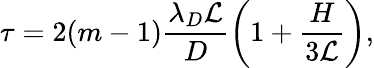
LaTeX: \tau=2(m-1)\frac{\lambda_{D}\mathcal{L}}{D}\left(1+\frac{H}{3\mathcal{L}}\right),